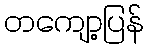
တကျော့ပြန်